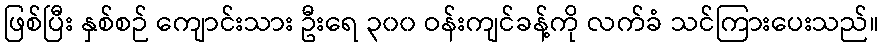
ဖြစ်ပြီး နှစ်စဉ် ကျောင်းသား ဦးရေ ၃၀၀ ဝန်းကျင်ခန့်ကို လက်ခံ သင်ကြားပေးသည်။